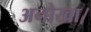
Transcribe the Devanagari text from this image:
अनोखा।